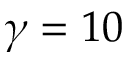
\gamma = 1 0